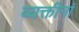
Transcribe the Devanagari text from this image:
व्यक्तीनां